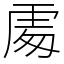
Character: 𠁅